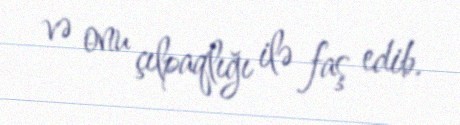
və onu çılpaqlığı ilə faş edib.